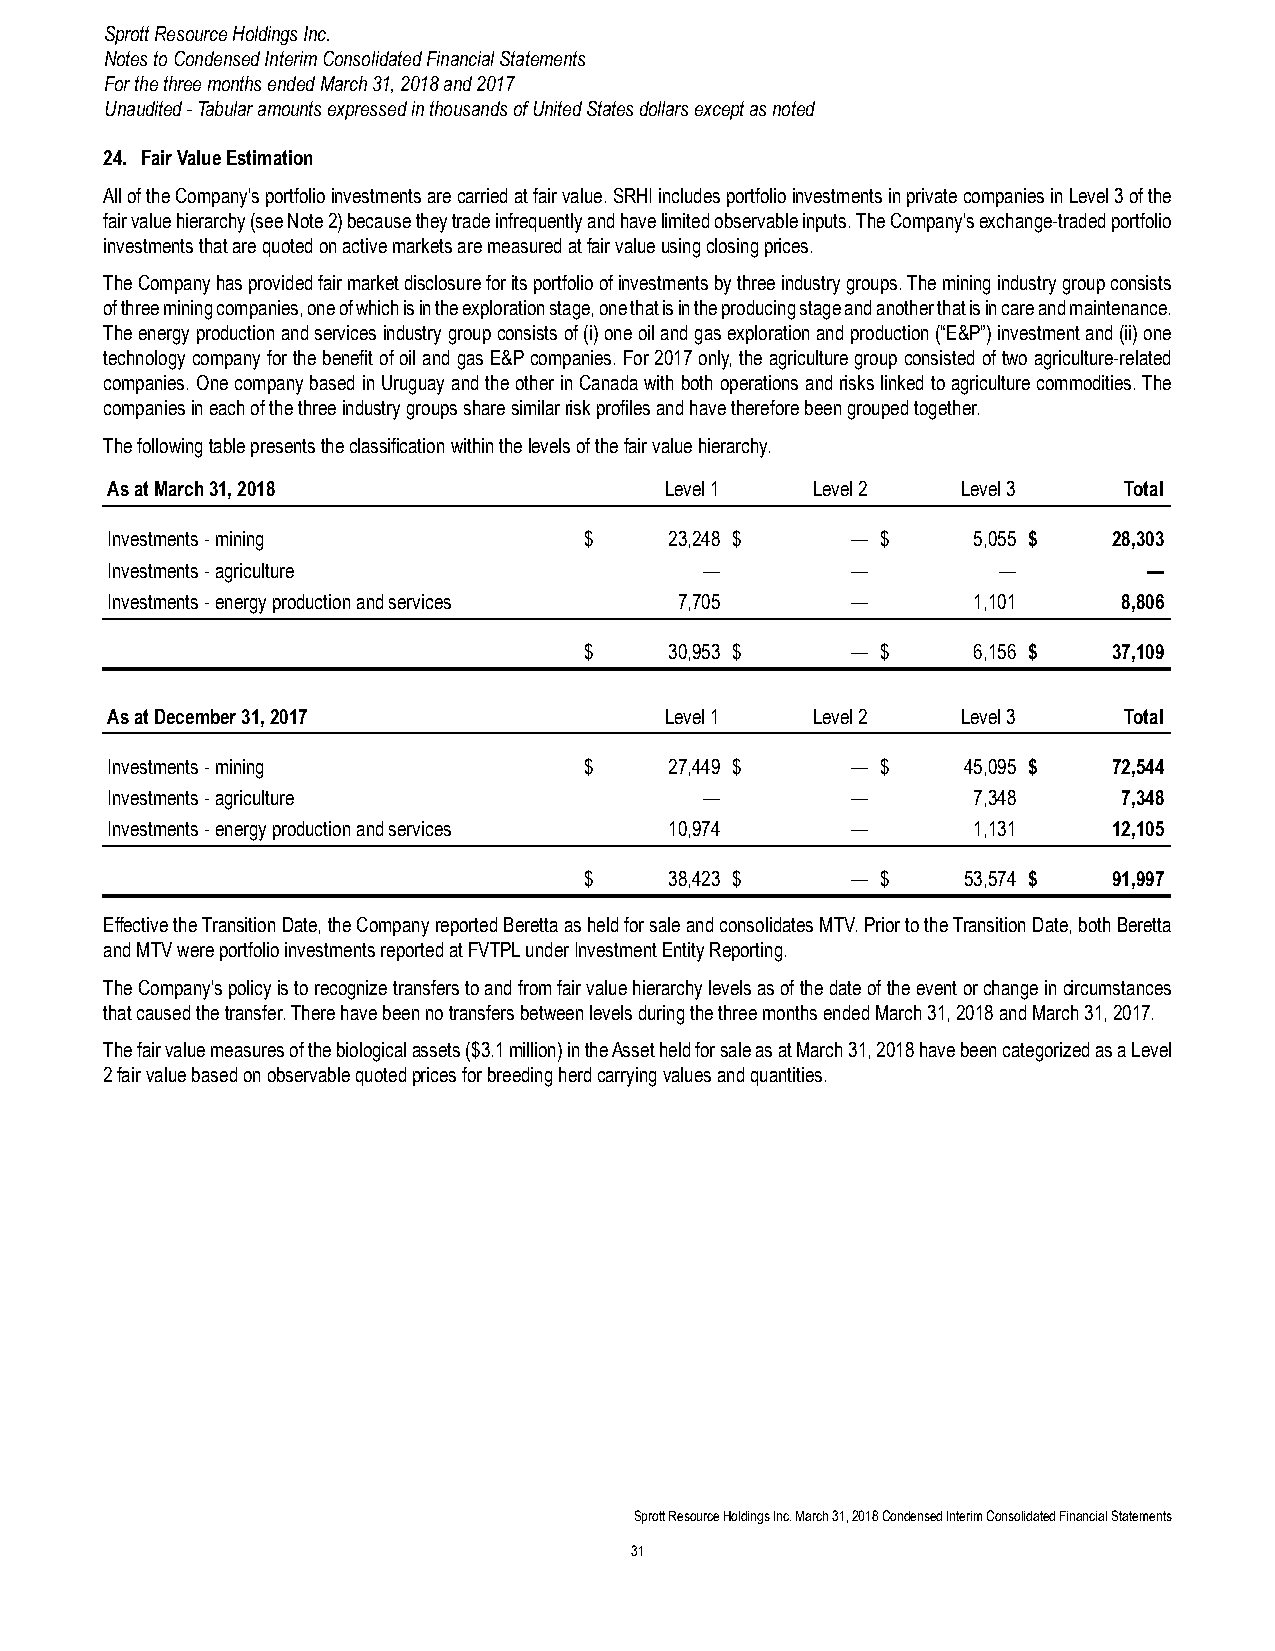
Sprott Resource Holdings Inc.
 Notes to Condensed Interim Consolidated Financial Statements
 For the three months ended March 31, 2018 and 2017
 Unaudited - Tabular amounts expressed in thousands of United States dollars except as noted
 24. Fair Value Estimation
 All of the Company's portfolio investments are carried at fair value. SRHI includes portfolio investments in private companies in Level 3 of the
 fair value hierarchy (see Note 2) because they trade infrequently and have limited observable inputs. The Company's exchange-traded portfolio
 investments that are quoted on active markets are measured at fair value using closing prices.
 The Company has provided fair market disclosure for its portfolio of investments by three industry groups. The mining industry group consists
 of three mining companies, one of which is in the exploration stage, one that is in the producing stage and another that is in care and maintenance.
 The energy production and services industry group consists of (i) one oil and gas exploration and production (“E&P”) investment and (ii) one
 technology company for the benefit of oil and gas E&P companies. For 2017 only, the agriculture group consisted of two agriculture-related
 companies. One company based in Uruguay and the other in Canada with both operations and risks linked to agriculture commodities. The
 companies in each of the three industry groups share similar risk profiles and have therefore been grouped together.
 The following table presents the classification within the levels of the fair value hierarchy.
 As at March 31, 2018                 Level 1   Level 2   Level 3   Total
 Investments - mining            $    23,248 $    — $     5,055 $   28,303
 Investments - agriculture               —        —         —         —
 Investments - energy production and services 7,705 —     1,101     8,806
 $    30,953 $    — $     6,156 $   37,109
 As at December 31, 2017              Level 1   Level 2   Level 3   Total
 Investments - mining            $    27,449 $    — $     45,095 $  72,544
 Investments - agriculture               —        —       7,348     7,348
 Investments - energy production and services 10,974 —    1,131     12,105
 $    38,423 $    — $     53,574 $  91,997
 Effective the Transition Date, the Company reported Beretta as held for sale and consolidates MTV. Prior to the Transition Date, both Beretta
 and MTV were portfolio investments reported at FVTPL under Investment Entity Reporting.
 The Company's policy is to recognize transfers to and from fair value hierarchy levels as of the date of the event or change in circumstances
 that caused the transfer. There have been no transfers between levels during the three months ended March 31, 2018 and March 31, 2017.
 The fair value measures of the biological assets ($3.1 million) in the Asset held for sale as at March 31, 2018 have been categorized as a Level
 2 fair value based on observable quoted prices for breeding herd carrying values and quantities.
 Sprott Resource Holdings Inc. March 31, 2018 Condensed Interim Consolidated Financial Statements
 31